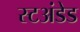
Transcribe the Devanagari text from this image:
स्टअंडेड